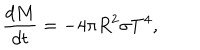
{ \frac { d M } { d t } } = - 4 \pi R ^ { 2 } \sigma T ^ { 4 } ,